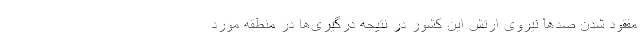
مفقود شدن صدها نیروی ارتش این کشور در نتیجه درگیری‌ها در منطقه مورد